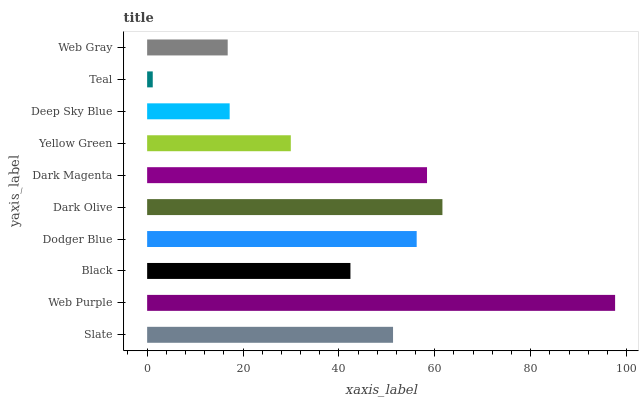
| yaxis_label | bars |
 | --- | --- |
 | Slate | 51.3 |
 | Web Purple | 97.6 |
 | Black | 42.4 |
 | Dodger Blue | 56.2 |
 | Dark Olive | 61.6 |
 | Dark Magenta | 58.4 |
 | Yellow Green | 30 |
 | Deep Sky Blue | 17.2 |
 | Teal | 1.17 |
 | Web Gray | 16.8 |